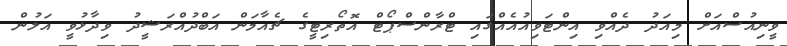
ވީނިއުސްއަށް މިއަދު ދެއްވި އިންޓަވިއުއެއްގައި ޓްރާންސްޕޯޓް އޮތޯރިޓީގެ ޗެއާމަން އަބްދުއްރަޝީދު ވިދާޅުވީ އަލުން